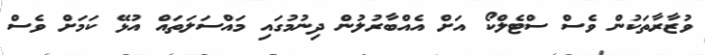
ވުޒާރާތަކުން ވެސް ސްޓެލްކޯ އަށް އެއްބާރުލުން ދިނުމުގައި މައްސަލަތައް އުޅޭ ކަމަށް ވެސް